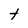
Character: t